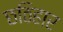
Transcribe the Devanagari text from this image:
छठिहार